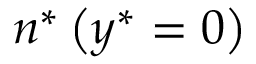
{ { n } ^ { * } } \left( { { y } ^ { * } } = 0 \right)